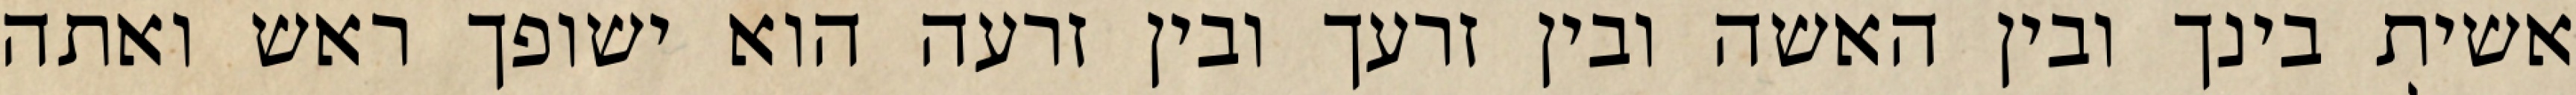
אשית בינך ובין האשה ובין זרעך ובין זרעה הוא ישופך ראש ואתה